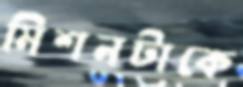
মিশনটাকে